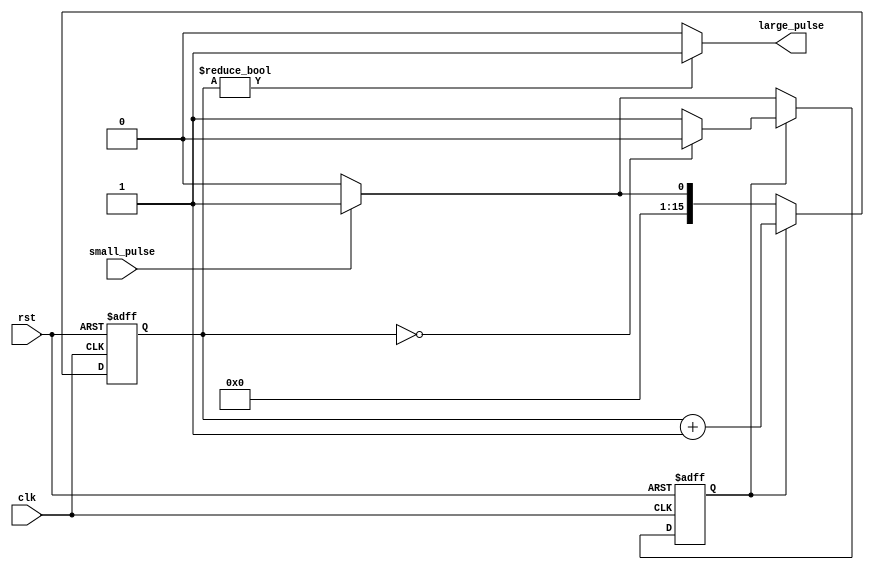
`timescale 1ns / 1ps
//////////////////////////////////////////////////////////////////////////////////
// Company: 
// Engineer: 
// 
// Design Name: 
// Module Name: create_large_pulse
// Project Name: 
// Target Devices: 
// Tool Versions: 
// Description: 
// 
// Dependencies: 
// 
// Revision:
// Revision 0.01 - File Created
// Additional Comments:
// 
//////////////////////////////////////////////////////////////////////////////////


module CreateLargePulse #(
	// means the pulse has to be solwed down
	// to the frequency of clk/(2^16)
	parameter PULSE_SIZE = 16 
)(
	output wire large_pulse,
	input wire small_pulse,
	input wire rst,
	input wire clk
);

	parameter WAITING = 1'b0;
	parameter COUNTING = 1'b1;
	reg state; 
	reg [PULSE_SIZE-1:0] counter;
	
	assign large_pulse = (counter != 0) ? 1 : 0;

	always @ (posedge clk, posedge rst) begin
		if (rst) begin
			state <= WAITING;
			counter <= 0;
		end else begin
			if (state == WAITING) begin
				if (small_pulse) begin
					state <= COUNTING;
					counter <= 1;
				end else begin
					state <= WAITING;
					counter <= 0;
				end
			end else if (state == COUNTING) begin
				counter <= counter + 1;
				if (counter == 0) begin
					state <= WAITING;
				end else begin
					state <= COUNTING;
				end
			end
		end
	end

endmodule